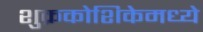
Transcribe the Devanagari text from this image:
शुक्रकोशिकेमध्ये